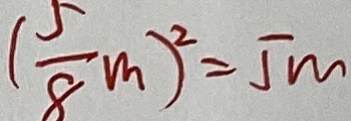
( \frac { 5 } { 8 } m ) ^ { 2 } = 5 m